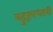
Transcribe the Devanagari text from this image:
बहुरूपधारी